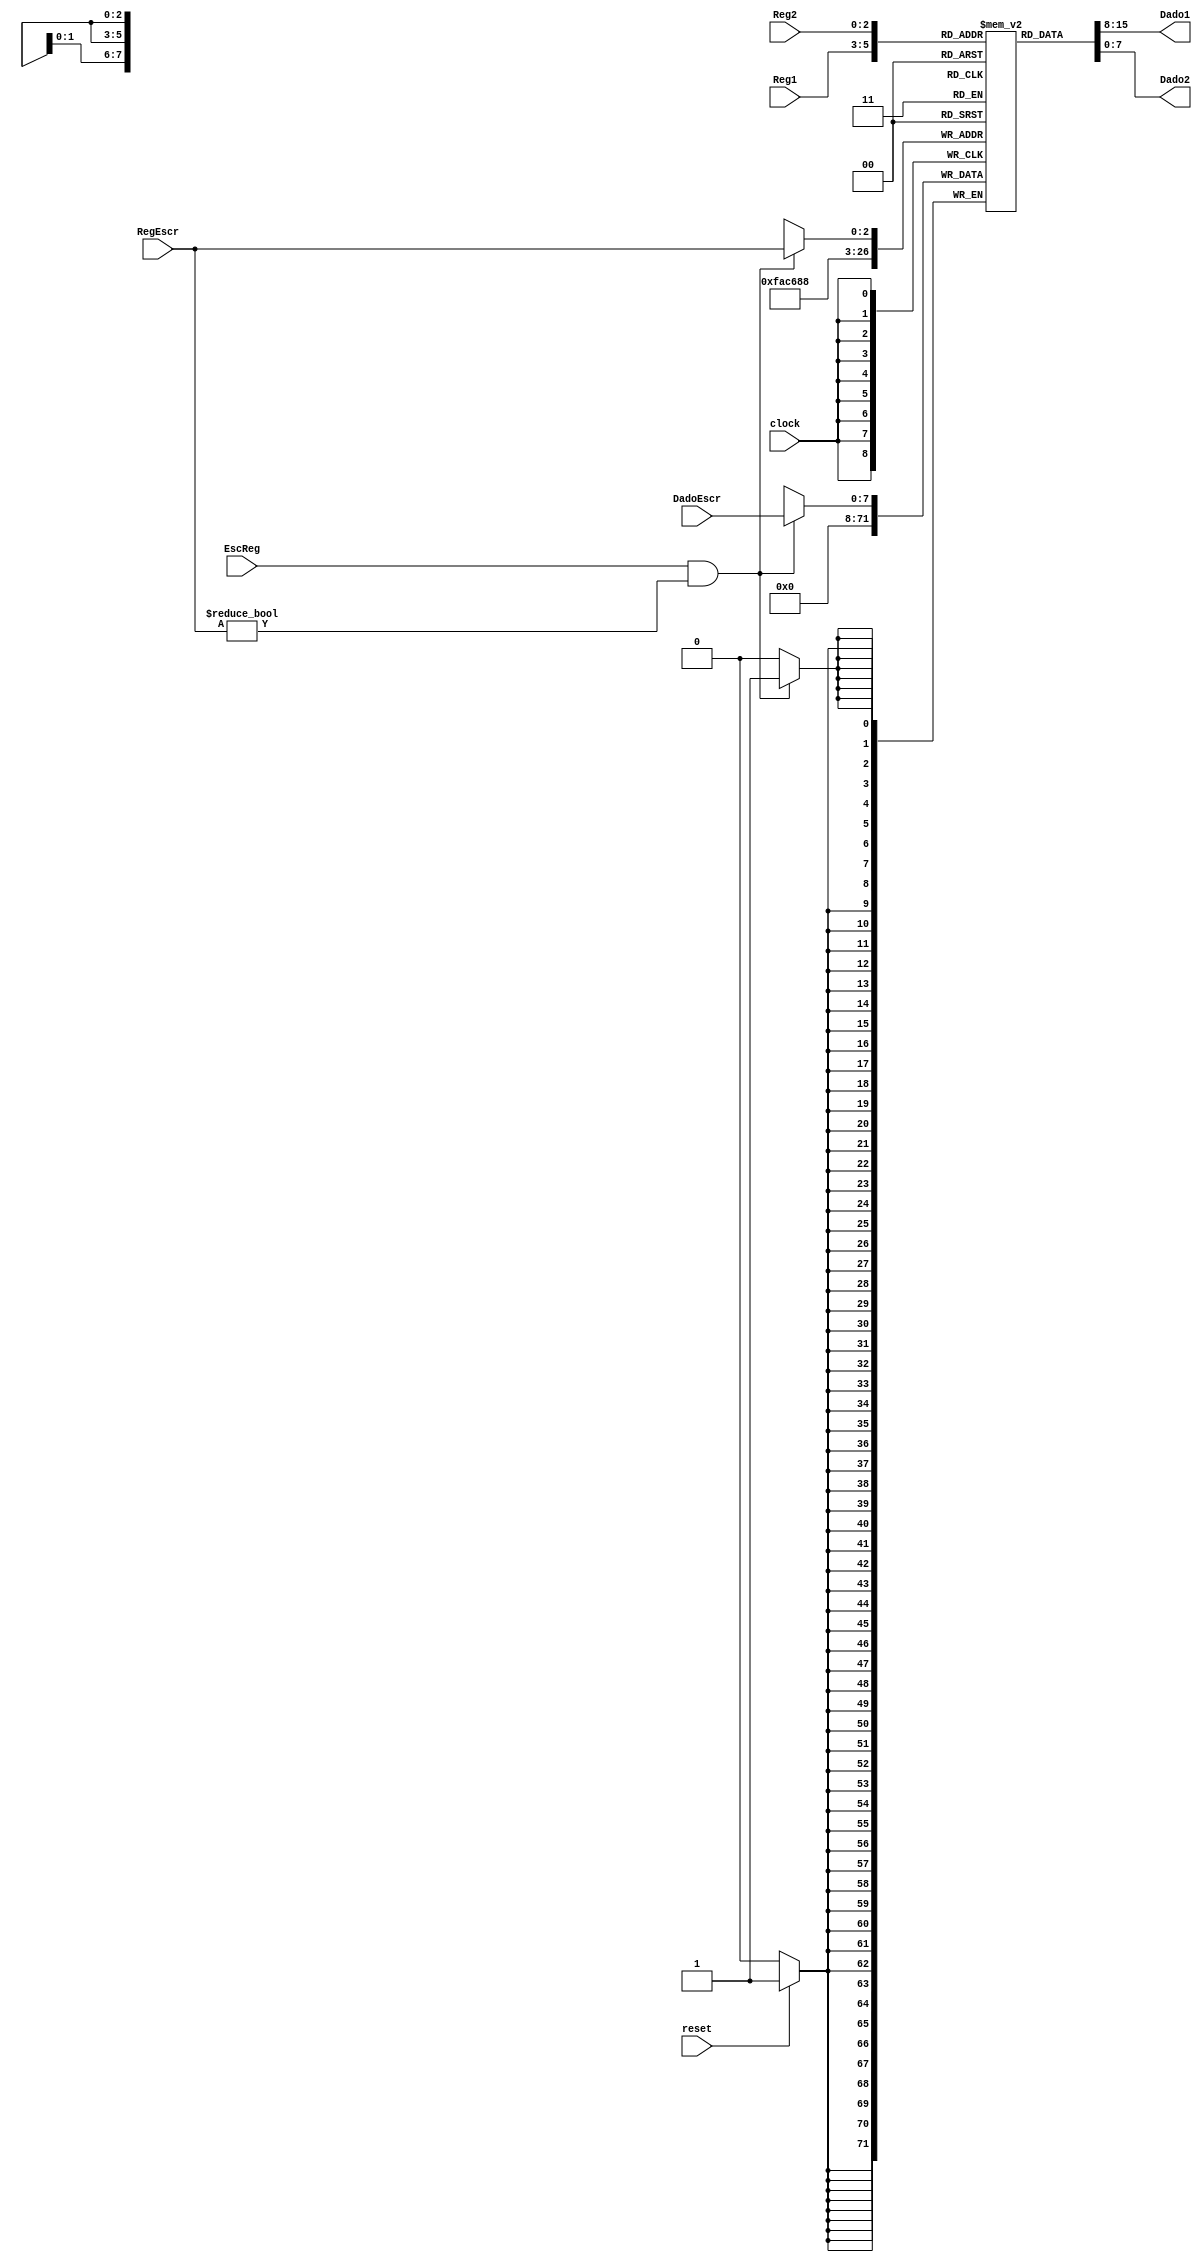
/*
	CEFET-MG
	Disciplina de Laboratrio de Arquitetura e Organizao de Computadores
	Data: 10/08/2021
	Aluno: Fernando Veizaga
	Matricula: 20203001902
*/

module banco_regs (Reg1, Reg2, RegEscr, DadoEscr, EscReg, Dado1, Dado2, clock, reset);
	input [2:0] Reg1, Reg2, RegEscr;
	input [7:0] DadoEscr; 
	input EscReg, clock, reset;
	
	output [7:0] Dado1, Dado2; 
	reg [7:0] BR [7:0];
	integer i;
	initial begin
		BR[8'b0] <= 8'b0;
		for(i=0;i<8;i=i+1)
			begin
				BR[i] <= 8'b0;
			end
	end 
	
	assign Dado1 = BR[Reg1];
	assign Dado2 = BR[Reg2];
	
	always @(posedge clock) 
	begin
		if ((EscReg) && (RegEscr != 3'b000))
		begin	
			BR[RegEscr] <= DadoEscr;
		end
			
		if(reset==1'b1)
		begin
			for(i=0;i<8;i=i+1)
			begin
				BR[i] <= 8'b0;
			end
		end
	end
endmodule

module test_bancoreg;
	reg [2:0] reg1, reg2, regescr;
	reg [7:0] dadoescr;
	reg escreg, clk, rst;
	
	wire [7:0] dado1, dado2;
	
	always begin
		clk = 0;
		#1 clk = 1;
		#1 clk = 0;
	end
	
	initial begin
		escreg = 0;
		reg1 = 3;
		reg2 = 6;
		regescr = 3;
		dadoescr = 10;
		rst = 0;
		#2 escreg = 1;
		#2 regescr = 6; 
		dadoescr = 5;
		#2 rst = 1;	
	end
	
	initial begin
 		$monitor("Time=%0d reg1=%b reg2=%b regescr=%b dadoescr=%b escreg=%b clock=%b reset=%b dado1=%b dado2=%b",$time, reg1, reg2, regescr, dadoescr, escreg, clk, rst, dado1, dado2);
 	end
	
	banco_regs mod1(reg1, reg2, regescr, dadoescr, escreg, dado1, dado2, clk, rst);
	
endmodule